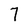
Character: 7